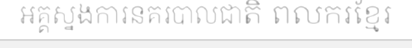
អគ្គស្នងការនគរបាលជាតិ ពលករខ្មែរ